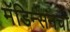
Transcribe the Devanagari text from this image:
मॅडिन्सनचा